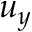
u _ { y }